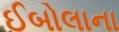
ઈબોલાના